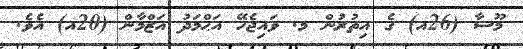
މޫސާ (26އ) ގެ އިތުރުން މ. ވައިޖެހޭ އަޙްމަދު އަޒްމާން (20އ) އެވެ.